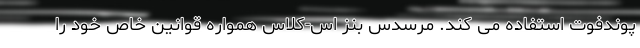
پوندفوت استفاده می کند. مرسدس بنز اس-کلاس همواره قوانین خاص خود را